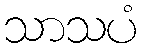
သာသပံ